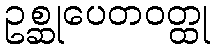
ဥစ္ဆုပေတဝတ္ထု